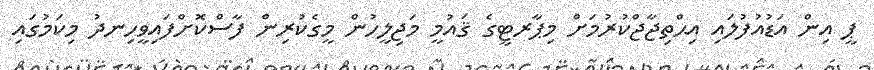
ޕީ އިން އަޑުއުފުލައި އިޙްތިޖާޖްކުރުމަށް މިޕާރޓީގެ ޤައުމީ މަޖިލީހުން މީގެކުރިން ފާސްކޮށްފައިވީހިނދު މިކަމުގައި